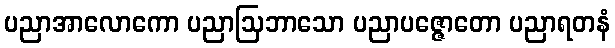
ပညာအာလောကော ပညာဩဘာသော ပညာပဇ္ဇောတော ပညာရတနံ